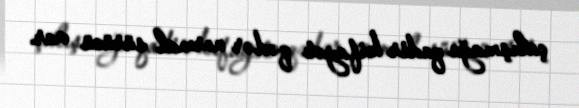
çalışmağa qadir kifayət qədər normal sürücü var.